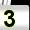
Digit: 3